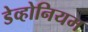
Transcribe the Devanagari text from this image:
डेव्होनियम